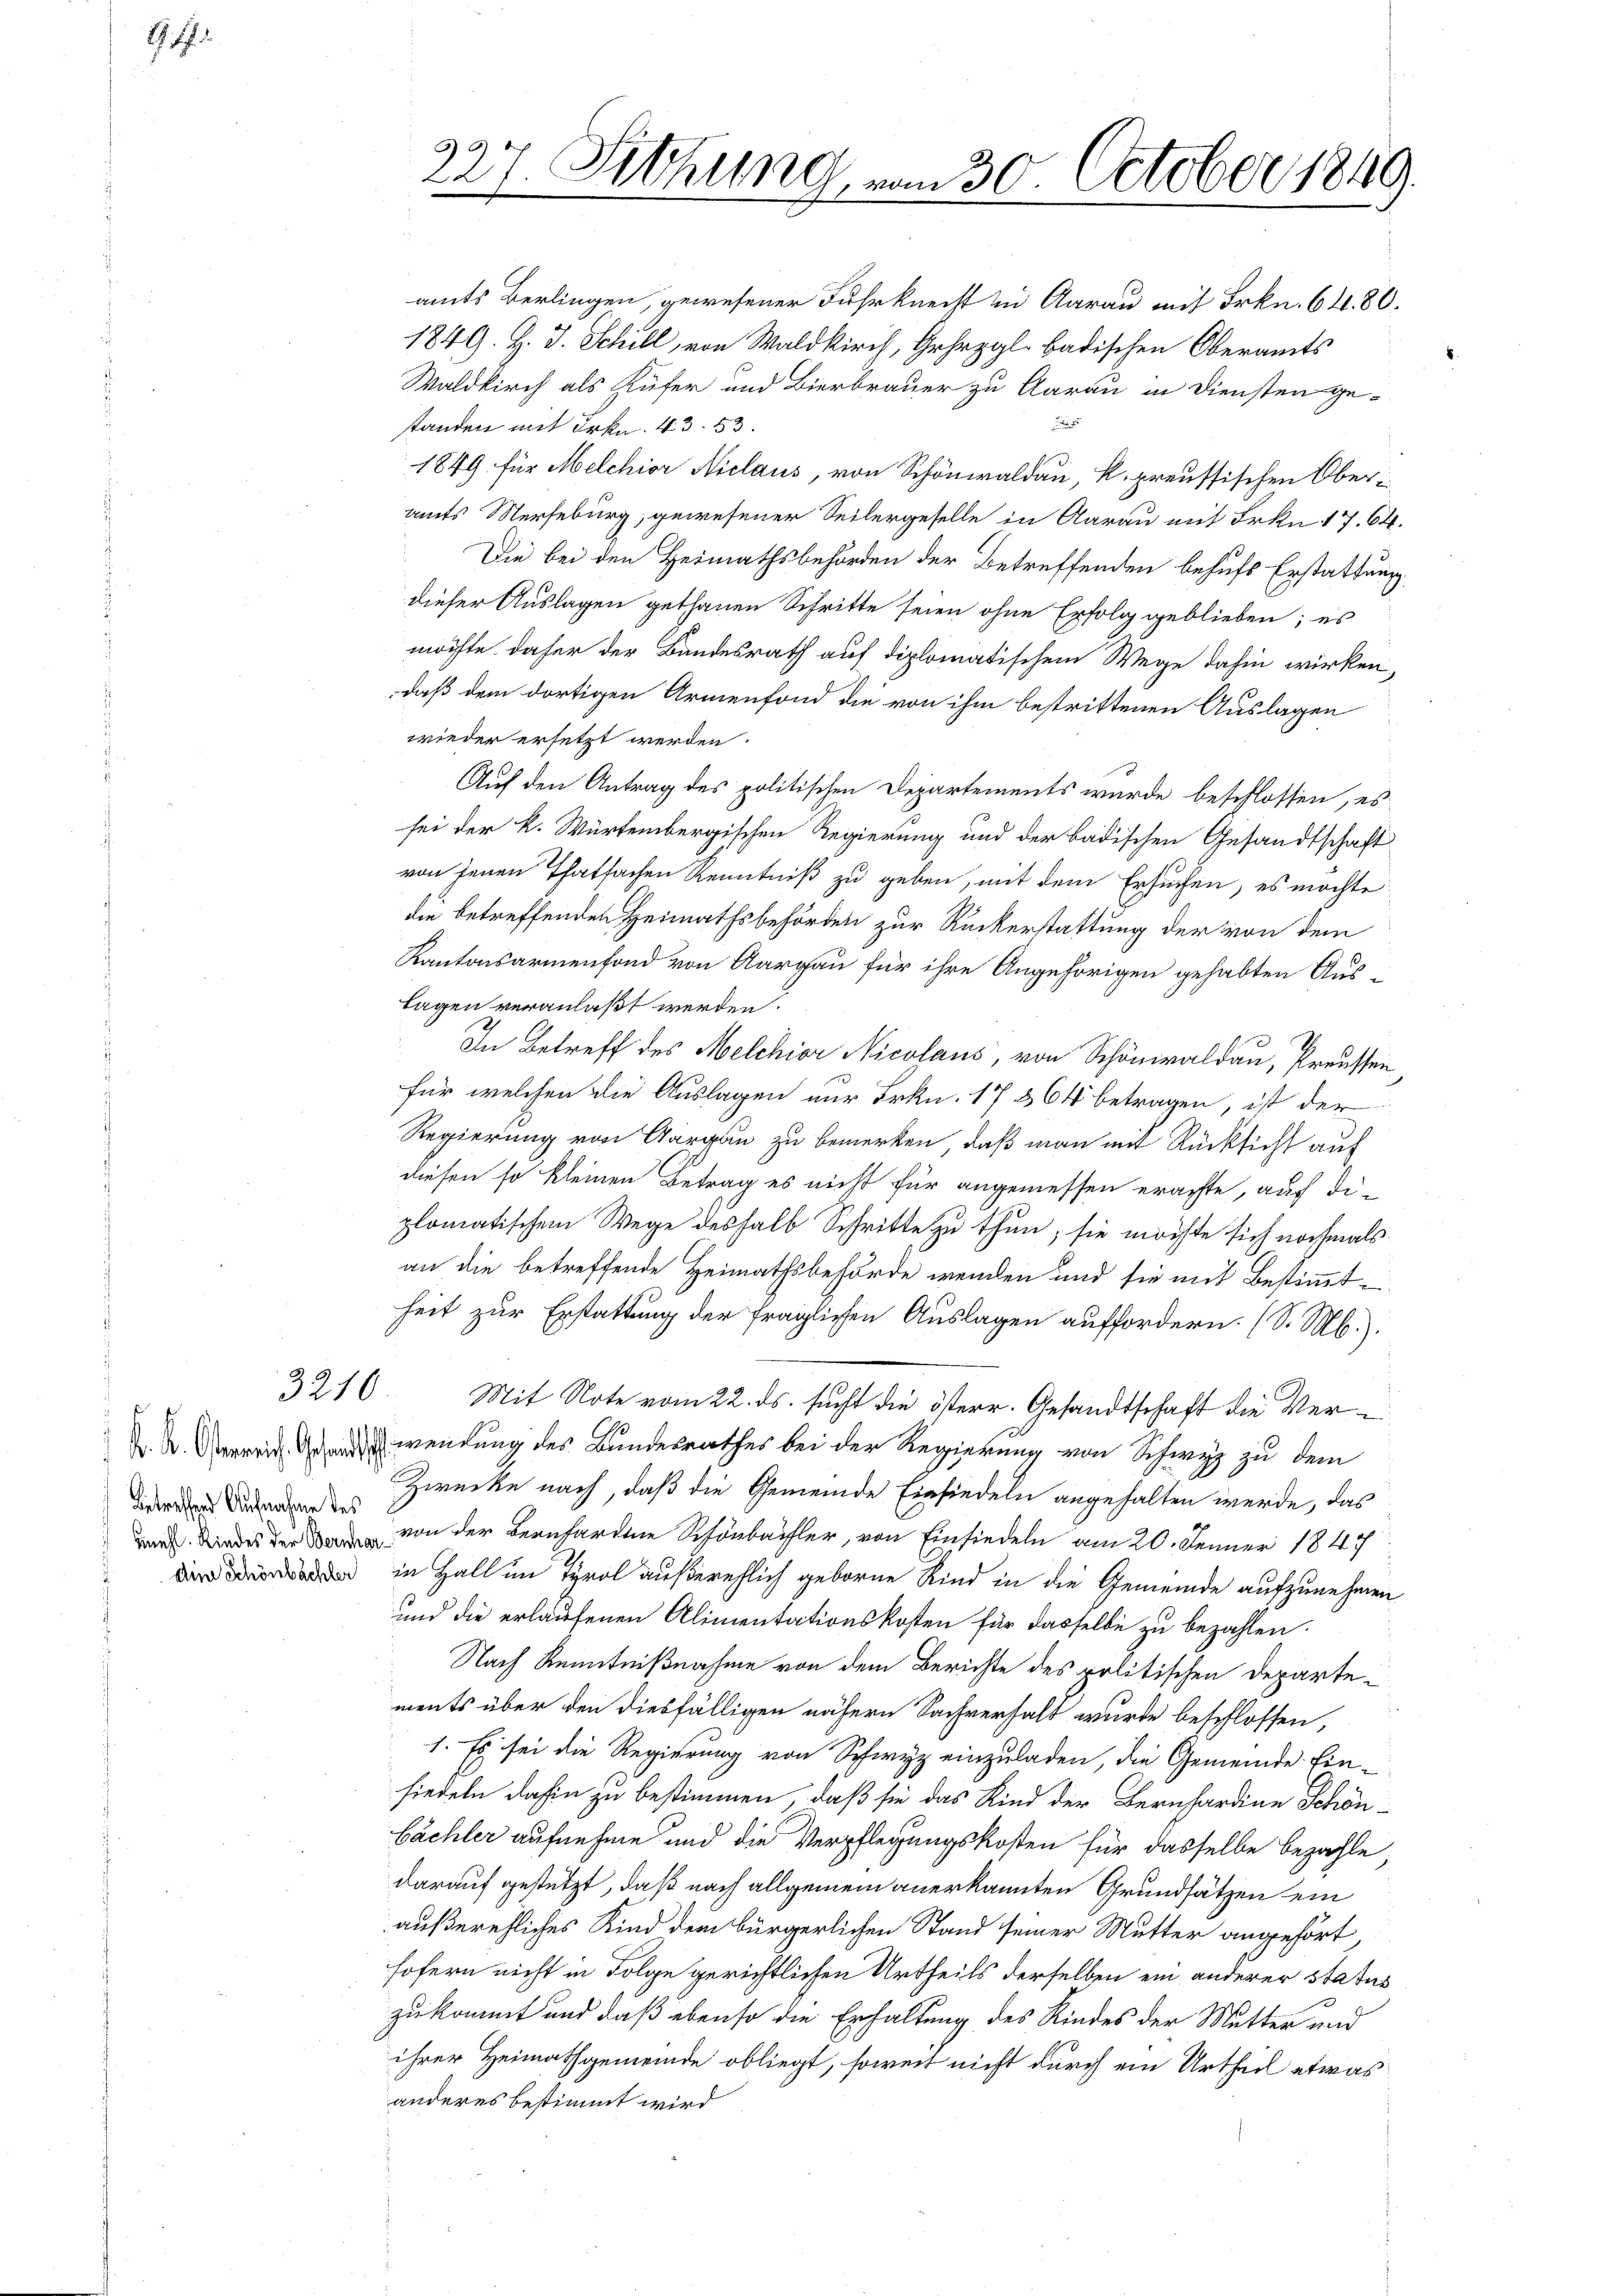
S.

3210

betreffend Aufnahme des
Ain Schönbächler

227. Sitzung vom 30. October 1849.

amts Berlingen, gewesener Fuhrknecht in Aarau mit Frkn. 64. 80.
1849. Z. J. Schill, von Waldkirch, Gehrpgl. badischen Oberamts
Waldkirch als Küfer und Bierbrauer zu Aarau in Diensten ge-

standen mit Frkn. 43. 53.
1849. für Melchior Niclaus, von Schönwaldau, K. preussischen Oberamts Merseburg, gewesener Seitergeselle in Aarau mit Frkn. 17. 64.
Die bei den Heimathsbehörden der Betreffenden behufs Erstattung
dieser Auslagen gethanen Schritte seien ohne Erfolg geblieben; es
möchte daher der Bundesrath auf diplomatischem Wege dahin wirken,
daß dem dortigen Armenfond die von ihm bestrittenen Auslagen
wieder ersetzt werden.
Auf den Antrag des politischen Departements wurde beschlossen, es
sei der K. Würtembergischen Regierung und der badischen Gesandtschaft
von jenen Thatsachen Kenntniß zu geben, mit dem Ersuchen, es möchte
die betreffenden Heimathsbehörden zur Ruckerstattung der von dem
Kantonsarmenfond von Aargau für ihre Angehörigen gehabten Aus¬
Lagen veranlaßt werden.
In Betreff des Melchior Nicolaus, von Schönwaldau, Preussen,
für welchen die Auslagen nur Frkn. 17 § 64 betragen, ist der
Regierung von Aargau zu bemerken, daß man mit Rücksicht auf
diesen so kleinen Betrag es nicht für angemessen erachte, auch die
plomatischem Wege deshalb Schritte zu thun; sie möchte sich nochmals
an die betreffende Heimathsbehörde wenden und sie mit Bestimmtheit zur Erstattung der fraglichen Auslagen auffordern. (S. Mb.).
Mit Note vom 22. ds. sucht die österr. Gesandtschaft die Ver¬
Dr. S. Überrait Grand wendung des Bundesrathes bei der Regierung von Schwyz zu dem
Zwecke nach, daß die Gemeinde Einsiedeln angehalten werde, das
dans Kindes der von der Bernhardine Schönbächler, von Einsiedeln am 20. Jenner 1847
in Hall im Tyrol außerehlich geborne Kind in die Gemeinde aufzunehmen
und die erlaufenen Alimentationskosten für dasselbe zu bezahlen.
Nach Kenntnißnahme von dem Berichte des politischen Departements über den diesfälligen nähern Sachverhalt wurde beschlossen,
1. Es sei die Regierung von Schwyz einzuladen, die Gemeinde Einsiedeln dahin zu bestimmen, daß sie das Kind der Bernhardine Schönbächler aufnehme und die Verpflegungskosten für dasselbe bezahle,
darauf gestützt, daß nach allgemein anerkannten Grundsätzen ein
außerehliches Kind dem bürgerlichen Stand seiner Mutter angehört,
fofern nicht in Folge gerichtlichen Urtheils derselben ein anderer status
zukommt und daß ebenso die Erhaltung des Kindes der Mutter und
ihrer Heimathgemeinde obliegt, soweit nicht durch ein Urtheil etwas
anderes bestimmt wird